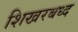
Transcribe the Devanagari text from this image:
शिखरबध्द